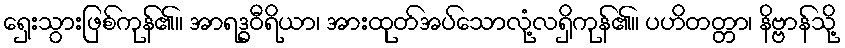
ရှေးသွားဖြစ်ကုန်၏။ အာရဒ္ဓဝီရိယာ၊ အားထုတ်အပ်သောလုံ့လရှိကုန်၏။ ပဟိတတ္တာ၊ နိဗ္ဗာန်သို့